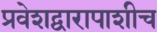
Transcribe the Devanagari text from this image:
प्रवेशद्वारापाशीच